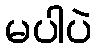
မပါပဲ